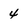
Character: 4